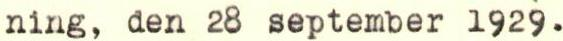
ning, den 28 september 1929.